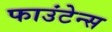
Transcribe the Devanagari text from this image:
फाउंटेन्स